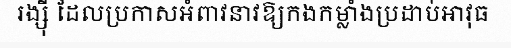
រង្ស៊ី ដែលប្រកាសអំពាវនាវឱ្យកងកម្លាំងប្រដាប់អាវុធ